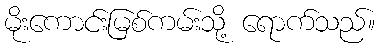
မိုးကောင်းမြစ်ကမ်းသို့ ရောက်သည်။